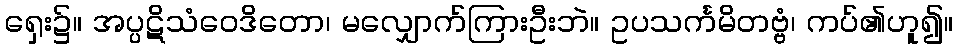
ရှေး၌။ အပ္ပဋိသံဝေဒိတော၊ မလျှောက်ကြားဦးဘဲ။ ဥပသင်္ကမိတဗ္ဗံ၊ ကပ်၏ဟူ၍။